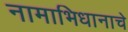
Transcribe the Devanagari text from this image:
नामाभिधानाचे